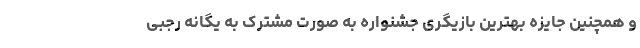
و همچنین جایزه بهترین بازیگری جشنواره به صورت مشترک به یگانه رجبی